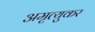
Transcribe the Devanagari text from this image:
अमृत्युकर